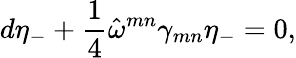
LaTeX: d\eta_{-}+\frac{1}{4}\hat{\omega}^{mn}\gamma_{mn}\eta_{-}=0,